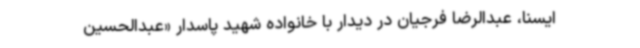
ایسنا، عبدالرضا فرجیان در دیدار با خانواده شهید پاسدار «عبدالحسین